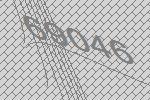
69046